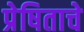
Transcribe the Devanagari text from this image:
प्रेषिताचे